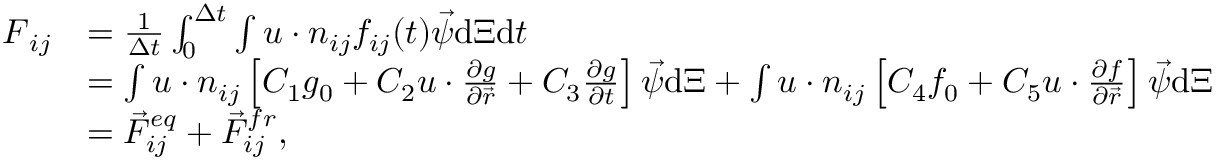
\begin{array} { r l } { \boldsymbol { F } _ { i j } } & { = \frac { 1 } { \Delta t } \int _ { 0 } ^ { \Delta t } \int \boldsymbol { u } \cdot \boldsymbol { n } _ { i j } f _ { i j } ( t ) { \vec { \psi } } \mathrm { d } \boldsymbol { \Xi } \mathrm { d } t } \\ & { = \int \boldsymbol { u } \cdot \boldsymbol { n } _ { i j } \left[ C _ { 1 } g _ { 0 } + C _ { 2 } \boldsymbol { u } \cdot \frac { \partial g } { \partial \vec { r } } + C _ { 3 } \frac { \partial g } { \partial t } \right] { \vec { \psi } } \mathrm { d } \boldsymbol { \Xi } + \int \boldsymbol { u } \cdot \boldsymbol { n } _ { i j } \left[ C _ { 4 } f _ { 0 } + C _ { 5 } \boldsymbol { u } \cdot \frac { \partial f } { \partial \vec { r } } \right] { \vec { \psi } } \mathrm { d } \boldsymbol { \Xi } } \\ & { = { \vec { F } } _ { i j } ^ { e q } + { \vec { F } } _ { i j } ^ { f r } , } \end{array}